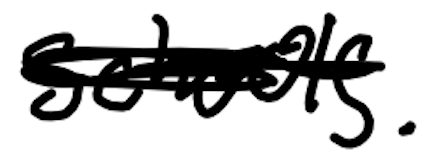
Text: schools.
Cross-out: mix
Writing tool: digital_black